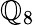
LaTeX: \mathbb{Q}_{8}